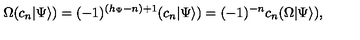
\Omega ( c _ { n } | \Psi \rangle ) = ( - 1 ) ^ { ( h _ { \Psi } - n ) + 1 } ( c _ { n } | \Psi \rangle ) = ( - 1 ) ^ { - n } c _ { n } ( \Omega | \Psi \rangle ) ,